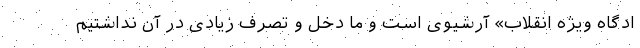
ادگاه‌ ویژه انقلاب» آرشیوی است و ما دخل و تصرف زیادی در آن نداشتیم